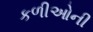
કળીઓની